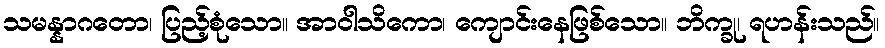
သမန္နာဂတော၊ ပြည့်စုံသော။ အာဝါသိကော၊ ကျောင်းနေဖြစ်သော။ ဘိက္ခု၊ ရဟန်းသည်။